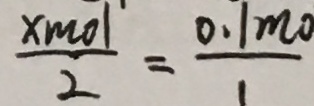
\frac { x m o l } { 2 } = \frac { 0 . 1 m o } { 1 }